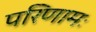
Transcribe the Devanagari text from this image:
परिणामः